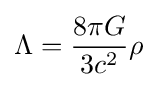
\Lambda ={{8\pi G} \over {3c^{2}}}\rho